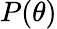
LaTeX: P(\theta)